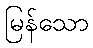
မြန်သော